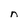
Character: n